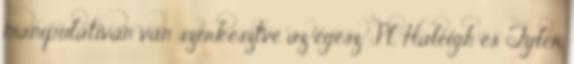
manipulativan van szerkesztve az egész. Pl. Haleigh es Tyler